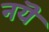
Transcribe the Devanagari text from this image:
नयॆ